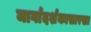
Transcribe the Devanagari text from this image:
मार्गादर्शकासारखा